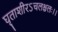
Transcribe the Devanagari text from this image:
घृताशीरऽचलश्चलः।।